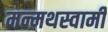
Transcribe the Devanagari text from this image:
मन्मथस्वामी